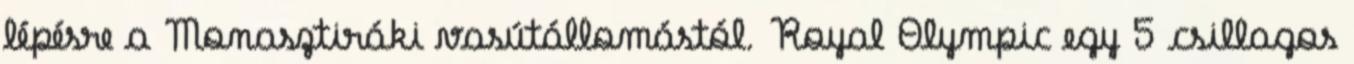
lépésre a Monasztiráki vasútállomástól. Royal Olympic egy 5 csillagos